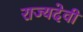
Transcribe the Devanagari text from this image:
राज्यदेवी